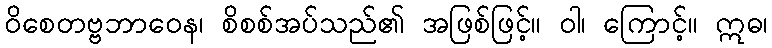
ဝိစေတဗ္ဗဘာဝေန၊ စိစစ်အပ်သည်၏ အဖြစ်ဖြင့်။ ဝါ၊ ကြောင့်။ ဣဓ၊